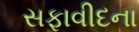
સફાવીદના